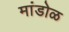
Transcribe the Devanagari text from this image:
मांडोळ